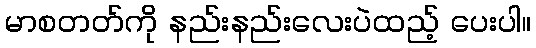
မာစတတ်ကို နည်းနည်းလေးပဲထည့် ပေးပါ။